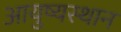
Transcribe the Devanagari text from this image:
आयुष्यस्थान